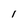
Character: I